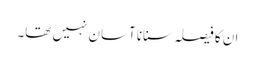
ان کا فیصلہ سنانا آسان نہیں تھا۔